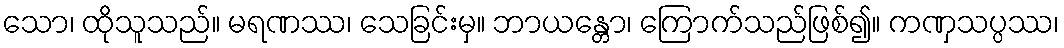
သော၊ ထိုသူသည်။ မရဏဿ၊ သေခြင်းမှ။ ဘာယန္တော၊ ကြောက်သည်ဖြစ်၍။ ကဏှသပ္ပဿ၊